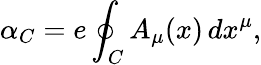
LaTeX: \alpha_{C}=e\oint_{C}A_{\mu}(x)\, dx^{\mu},